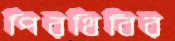
পিরথিবির